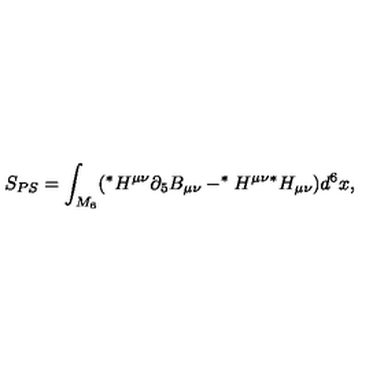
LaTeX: S _ { P S } = \int _ { M _ { 6 } } ( ^ { * } H ^ { \mu \nu } \partial _ { 5 } B _ { \mu \nu } - ^ { * } H ^ { \mu \nu } { } ^ { * } H _ { \mu \nu } ) d ^ { 6 } x ,